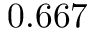
0 . 6 6 7